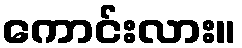
ကောင်းလား။